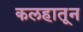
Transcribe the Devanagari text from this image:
कलहातून